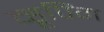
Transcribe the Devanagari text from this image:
व्हूपिंग